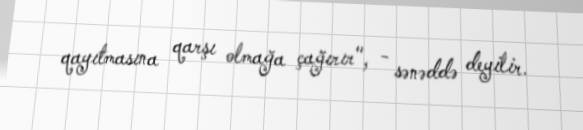
qayıtmasına qarşı olmağa çağırır", - sənəddə deyilir.